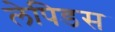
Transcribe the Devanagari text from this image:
लेपिडस